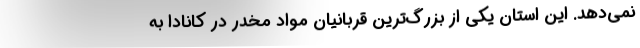
نمی‌دهد. این استان یکی از بزرگ‌ترین قربانیان مواد مخدر در کانادا به